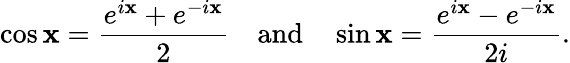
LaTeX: \cos\mathbf{x}={\frac{{e^{i\mathbf{x}}+e^{-i\mathbf{x}}}}{{2}}}\quad{\mathrm{{and}}}\quad\sin\mathbf{x}={\frac{{e^{i\mathbf{x}}-e^{-i\mathbf{x}}}}{{2i}}}.